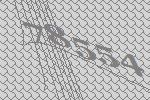
78554